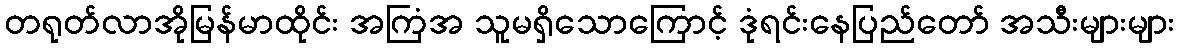
တရုတ်လာအိုမြန်မာထိုင်း အကြံအ သူမရှိသောကြောင့် ဒုံရင်းနေပြည်တော် အသီးများများ